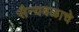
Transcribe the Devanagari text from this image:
सैन्यबळाचे